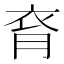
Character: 𧘯